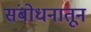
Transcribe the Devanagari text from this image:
संबोधनातून